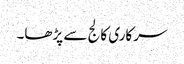
سرکاری کالج سے پڑھا۔